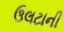
ઉલટાની